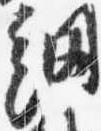
網